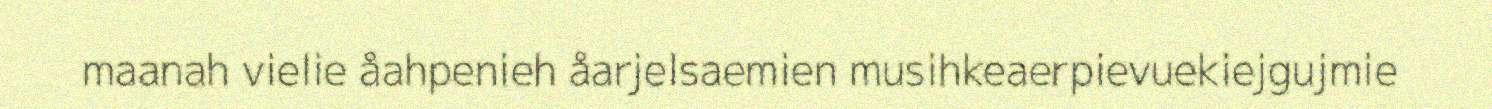
maanah vielie åahpenieh åarjelsaemien musihkeaerpievuekiejgujmie